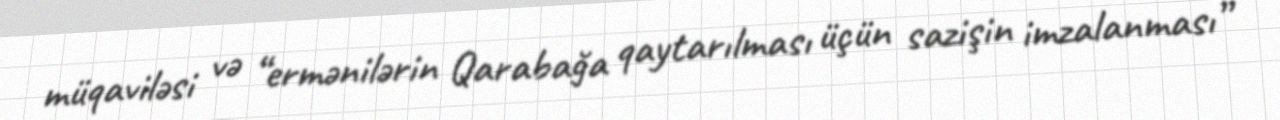
müqaviləsi və “ermənilərin Qarabağa qaytarılması üçün sazişin imzalanması”